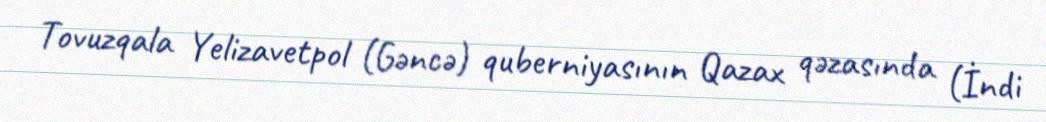
Tovuzqala Yelizavetpol (Gəncə) quberniyasının Qazax qəzasında (İndi